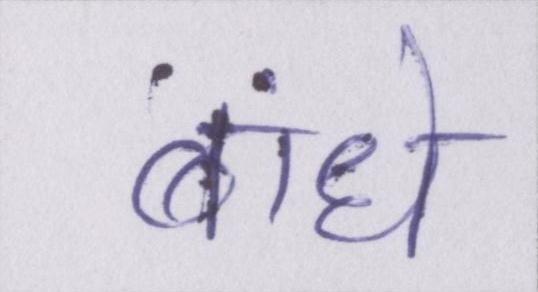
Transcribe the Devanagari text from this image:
बांधे